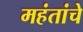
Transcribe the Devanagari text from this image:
महंतांचे